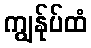
ကျွန်ုပ်ထံ